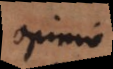
opinio